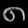
Digit: ၈